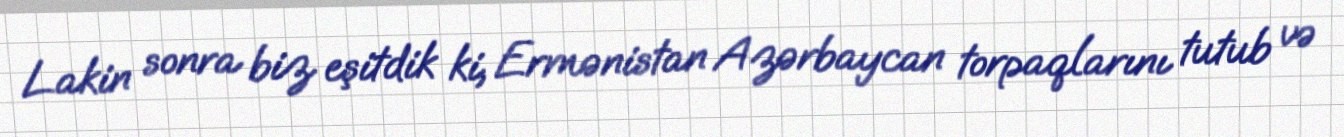
Lakin sonra biz eşitdik ki, Ermənistan Azərbaycan torpaqlarını tutub və